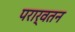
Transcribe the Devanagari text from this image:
परार्वतन